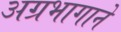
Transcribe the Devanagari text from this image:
अग्रभागाने